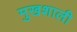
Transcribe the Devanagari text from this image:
मुखशाली